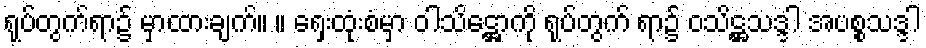
ရုပ်တွက်ရာ၌ မှာထားချက်။ ။ ရှေးထုံးစံမှာ ဝါသိဋ္ဌောကို ရုပ်တွက် ရာ၌ ဝသိဋ္ဌသဒ္ဒါ အပစ္စသဒ္ဒါ